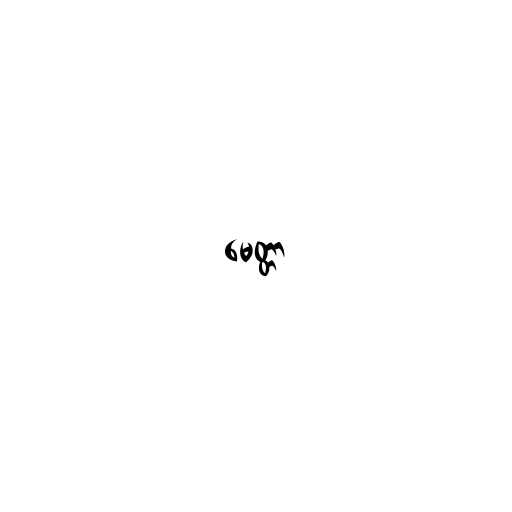
မေတ္တာ